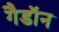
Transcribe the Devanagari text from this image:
गैडाॅन